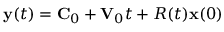
{ \bf y } ( t ) = { \bf C } _ { 0 } + { \bf V } _ { 0 } t + R ( t ) { \bf x } ( 0 )